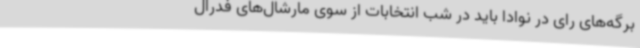
برگه‌های رای در نوادا باید در شب انتخابات از سوی مارشال‌های فدرال